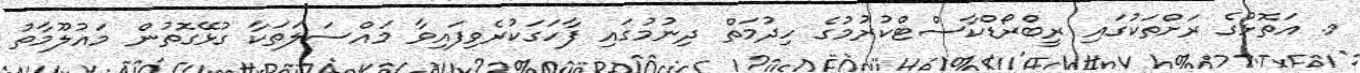
މ. އަތޮޅުގެ ރަށްތަކުގައި ރީބްރޯޑްކާސްޓްކުރުމުގެ ހިދުމަތް ދިނުމުގައި ފާހަގަކުރެވިފައިވާ މައްސަލަތަކާ ގުޅޭގޮތުން މައުލޫމާތު